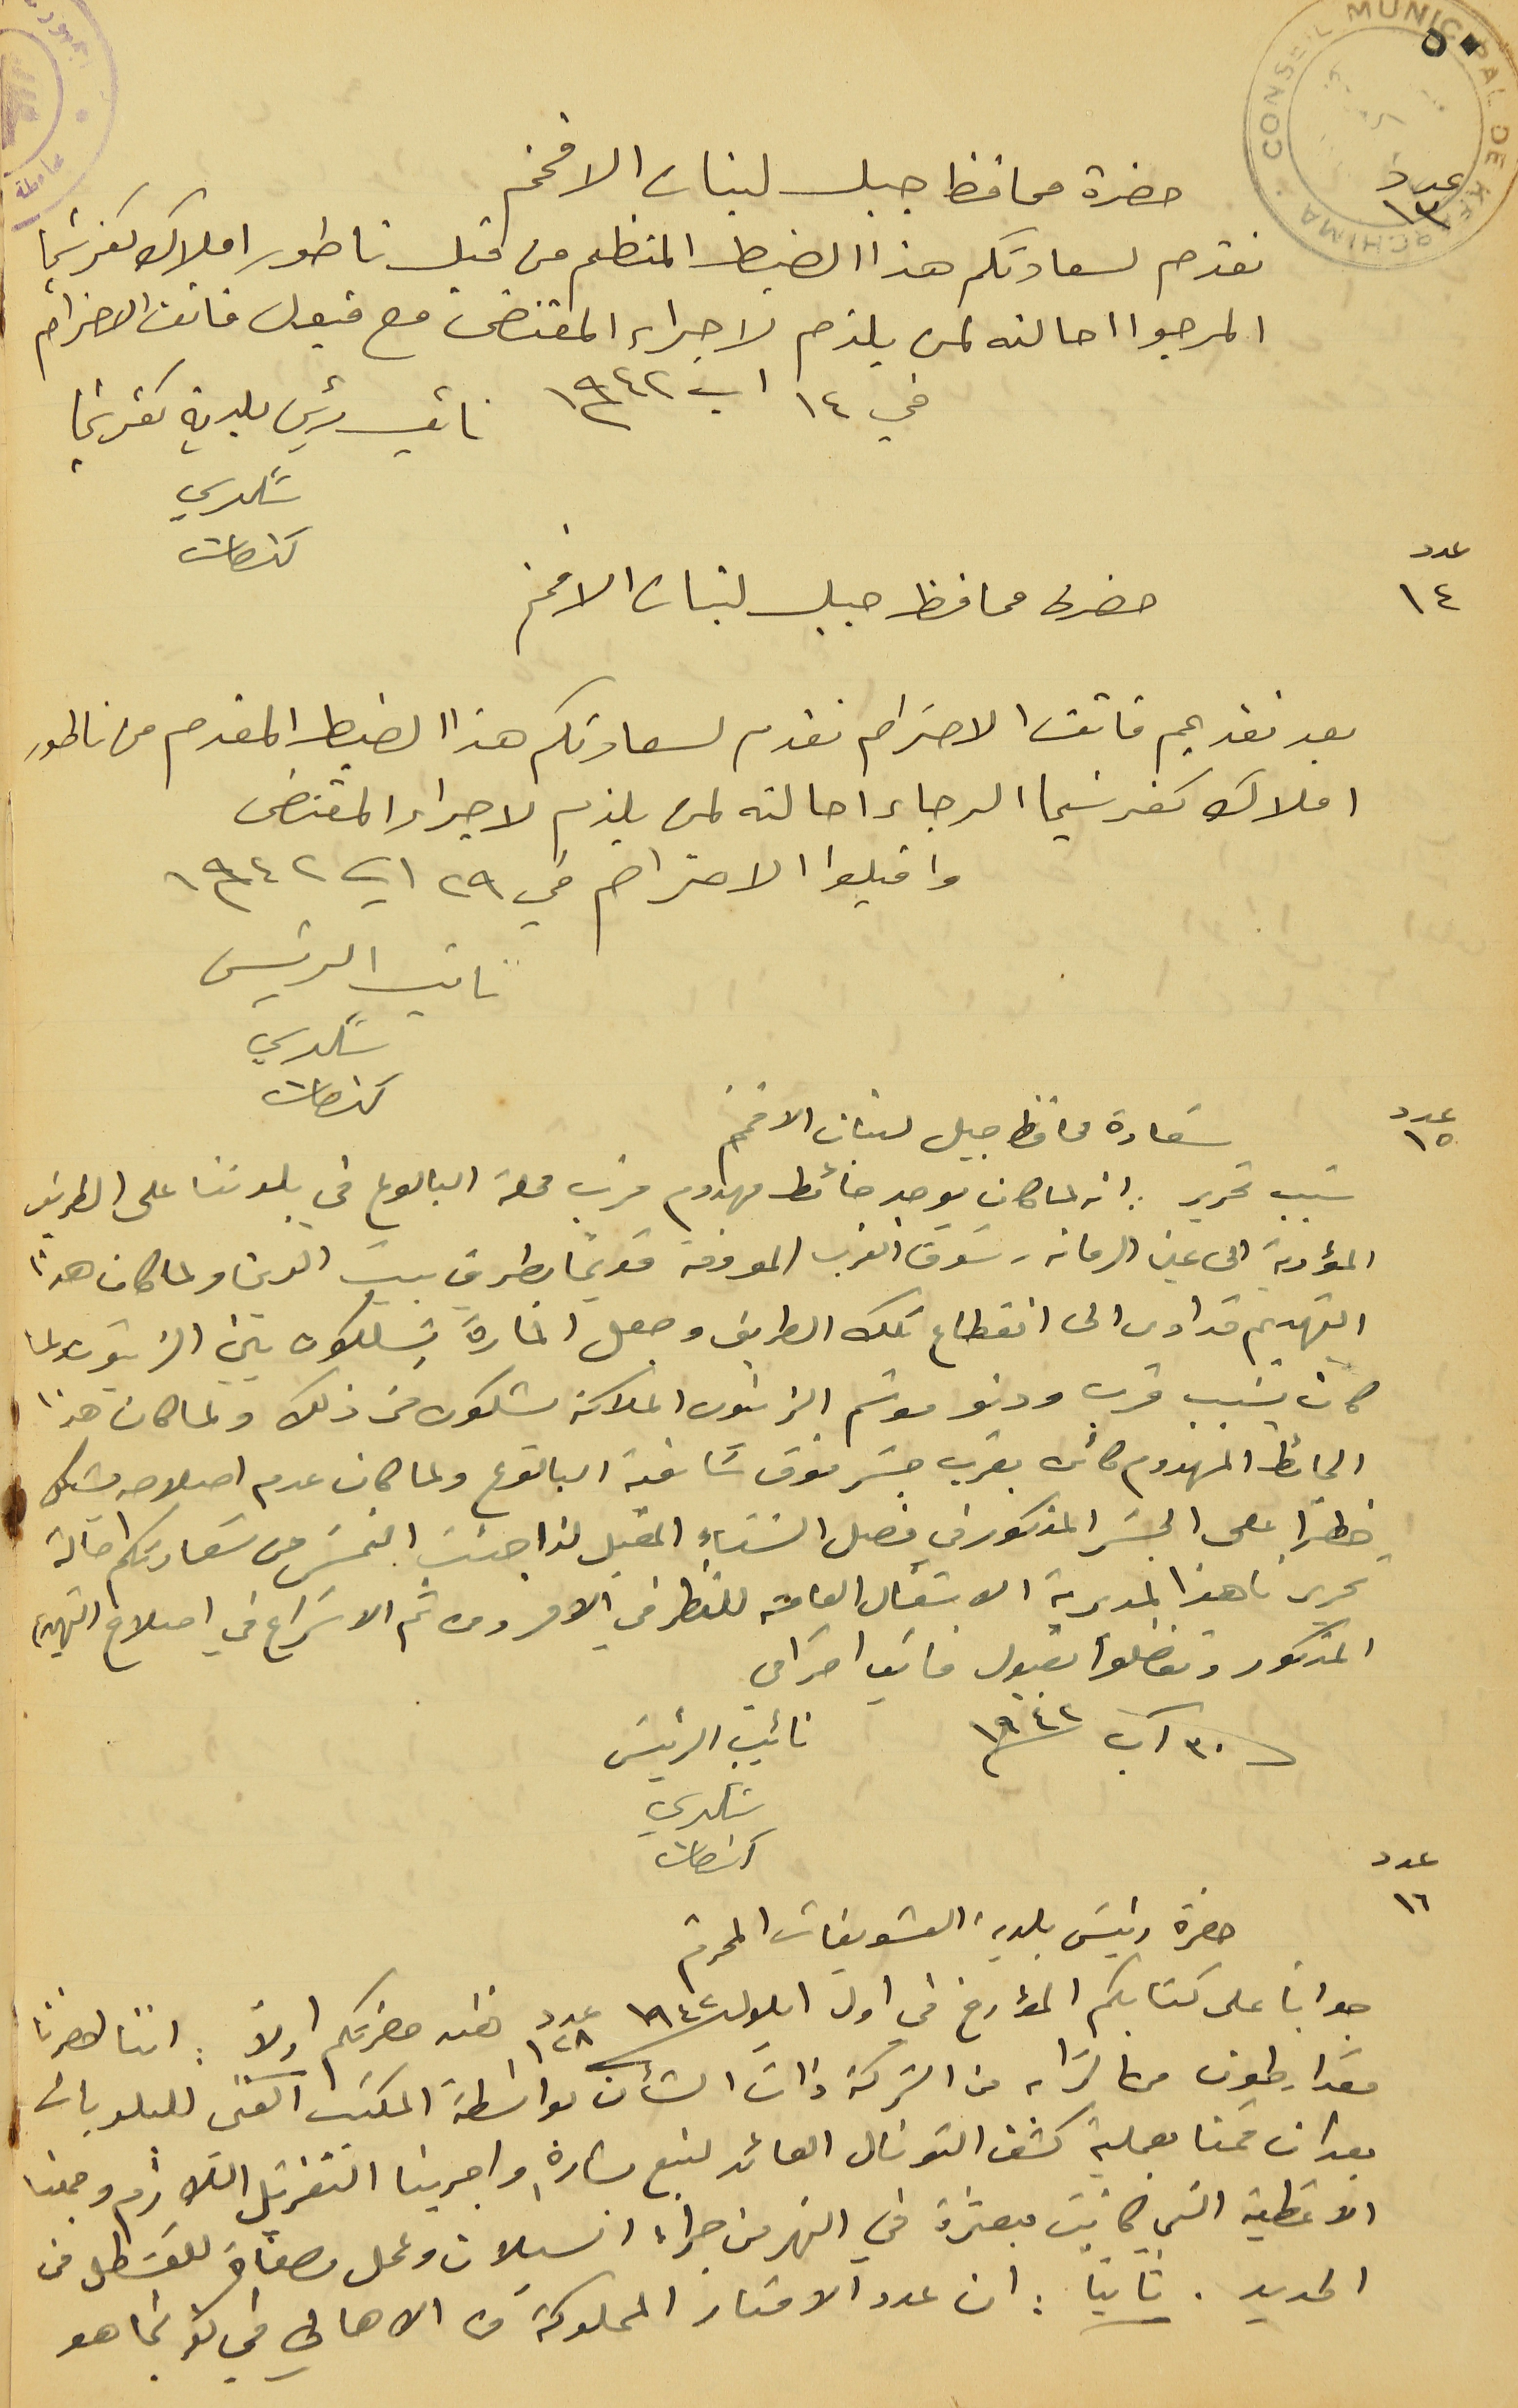
٥٠
حضرة محافظ جبل لبنان الافخم

نقدم لسعادتكم هذا الضبط المنظم من قبل ناطور املاك كفرشيما
المرجوا احالته لمن يلزم لاجراء المقتضى مع قبول فائق الاحترام
في ١٤ آب سنة ١٩٤٢
حضرة محافظ جبل لبنان الافخم
بعد تقديم فائق الاحترام نقدم لسعادتكم هذا الضبط المقدم من ناطور
املاك كفرشيما الرجاء احالته لمن يلزم لاجراء المقتضى
واقبلوا الاحترام في ٢٩ اب سنة ١٩٤٢
نائب الرئيس شكري كنعان
عدد ١٥
سَعادة محافظ جبل لبنان الافخم
المؤدية الى عين الرمانه - سَوق الغرب المعروفة قديماً بطريق بيت الدين ولما كان هذا
التهديم قد ادى الى انقطاع تلك الطريق وجعل المارة يتسلكون بين الزيتون ولما
كان بسَبب قرب ودنو موسَم الزيتون الملاكة يشكون من ذلك ولما كان هذا
الحائط المهدوم كائن بقرب جسَر فوق سَاقية البالوع ولما كان عدم اصلاحه يشكل
خطراً على الجسَر المذكور في فصل الشتاء المقبل لذا جئت التمسَ من سَعادتكم احالة
تحريرنا هذا لمديرية الاشغال العامة للنظر في الامر ومن ثم الاسَراع في اصلاح التهديم
المذكور وتفضلوا بقبول فايق
 احترامي
 ٣٠ آب سنة ١٩٢٤
نائِب الرئيسَ شكري كنعان
عدد ١٦
 حضرة رئيسَ بلدية الشويفات المحترم
جواباً على كتابكم المؤارخ في اول ايلول سنة ١٩٤٢ عدد ١٢٨ نفسه حضرتكم اولاً : اننا احضرنا
مقدار طون من الترابه من الشركة ذات الشأن بواسطة المكتب الفني للبلديات
بعد ان قمنا بعملية كشف التونال العائد لنبع بشارة واجرينا التعزيل اللازم وجمعنا
الاغطية التى كانت مبعثرة في النهر من جراء السيلان وعمل مصفاة للقسَطل من
الحديد. ثانياً : ان عدد الامتار المملوكة من الاهالي في كفرشيما هو
نائب رئيس بلدية كفرشيما شكري كنعان
عدد ١٤
سَبب تحريره انه لما كان يوجد حائط مهدوم قرب محلة البالوع في بلدتنا على الطريق
عدد ١٣